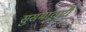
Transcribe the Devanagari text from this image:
सुसमाचारी